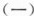
(一)